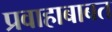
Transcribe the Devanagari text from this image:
प्रवाहाबाबत